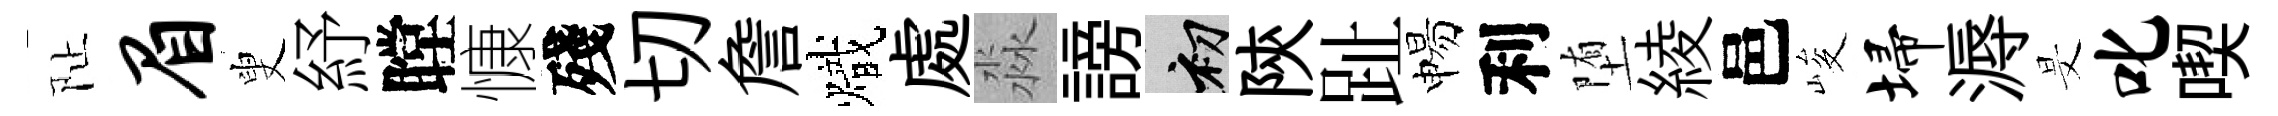
阯眉叟紓瞠慷殘切詹熾處淼謗初陝趾惕利堕綾邑峻埽溽旻叱喫